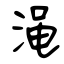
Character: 渑